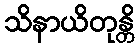
သိနာယိတုန္တိ